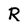
Character: R